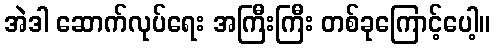
အဲဒါ ဆောက်လုပ်ရေး အကြီးကြီး တစ်ခုကြောင့်ပေါ့။